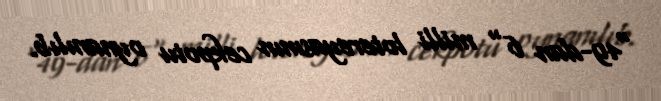
"49-dan 6" milli lotereyasının cekpotu oynanılıb.